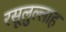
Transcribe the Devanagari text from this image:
रसूलुल्‍लाह